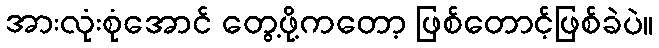
အားလုံးစုံအောင် တွေ့ဖို့ကတော့ ဖြစ်တောင့်ဖြစ်ခဲပဲ။